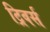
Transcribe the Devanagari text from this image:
ट्रिवर्स